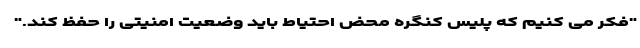
"فکر می کنیم که پلیس کنگره محض احتیاط باید وضعیت امنیتی را حفظ کند."